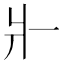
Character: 𤕬